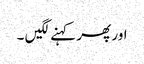
اور پھر کہنے لگیں ۔